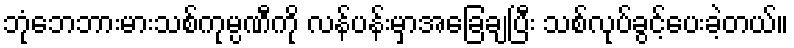
ဘုံဘေဘားမားသစ်ကုမ္ပဏီကို လန်ပန်းမှာအခြေချပြီး သစ်လုပ်ခွင့်ပေးခဲ့တယ်။